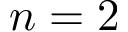
n = 2